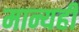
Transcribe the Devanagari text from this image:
मान्यही